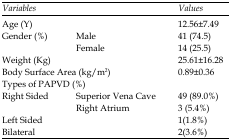
| <COLSPAN=2> Variables | Values |
 | --- | --- | --- |
 | <COLSPAN=2> Age (Y) | 12.56±7.49 |
 | <ROWSPAN=2> Gender (%) | Male | 41 (74.5) |
 | Female | 14 (25.5) |
 | <COLSPAN=2> Weight (Kg) | 25.61±16.28 |
 | <COLSPAN=2> Body Surface Area (kg/m2) | 0.89±0.36 |
 | <COLSPAN=3> Types of PAPVD (%) |
 | <ROWSPAN=2> Right Sided | Superior Vena Cave | 49 (89.0%) |
 | Right Atrium | 3 (5.4%) |
 | <COLSPAN=2> Left Sided | 1(1.8%) |
 | <COLSPAN=2> Bilateral | 2(3.6%) |